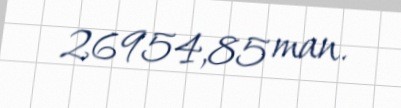
26954,85 man.